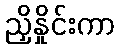
ညှိနှိုင်းကာ